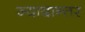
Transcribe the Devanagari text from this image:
ज्यादान्तर